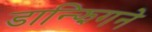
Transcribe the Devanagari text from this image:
डान्झिगने